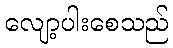
လျော့ပါးစေသည်